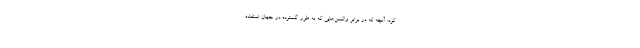
کرد: آنچه که در برابر واکسن‌هایی که به طور گسترده در جهان استفاده